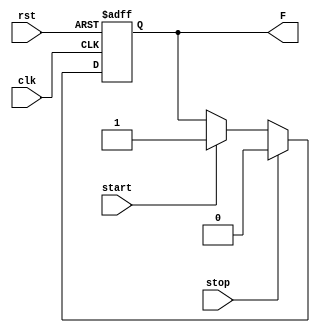
module flag(

    start, stop, rst, clk, F);



input start, stop, rst, clk;

output F;


reg F_reg, F_next;



always @(*) begin
    F_next = F_reg;
    if( stop ) begin
        F_next = 1'b0;
    end
    else
	if( start ) begin
            F_next = 1'b1;
    end

end



always @(posedge clk, negedge rst) begin

    if( !rst )

        F_reg <= 1'b0;

    else

        F_reg <= F_next;

end



assign F = F_reg;



endmodule